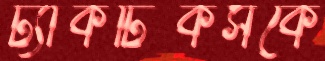
ট্যাকটিকসকে